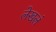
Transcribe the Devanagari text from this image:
लेखलं